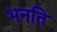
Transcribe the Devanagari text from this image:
भनति